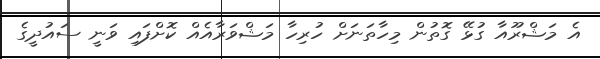
އެ މަޝްރޫއާ ގުޅޭ ގޮތުން މިހާތަނަށް ހުރިހާ މަޝްވަރާއެއް ކޮށްފައި ވަނީ ސައުދީގެ